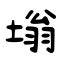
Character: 塕